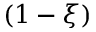
( 1 - \xi )